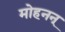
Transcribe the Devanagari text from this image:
मोहनन्